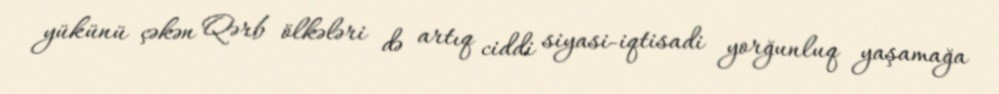
yükünü çəkən Qərb ölkələri də artıq ciddi siyasi-iqtisadi yorğunluq yaşamağa